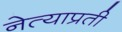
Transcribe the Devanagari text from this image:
नेत्याप्रती